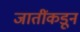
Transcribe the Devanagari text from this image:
जातींकडून